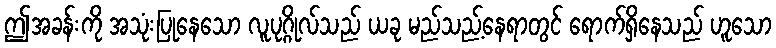
ဤအခန်းကို အသုံးပြုနေသော လူပုဂ္ဂိုလ်သည် ယခု မည်သည့်နေရာတွင် ရောက်ရှိနေသည် ဟူသော